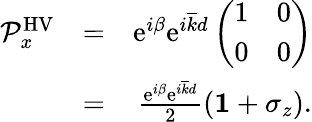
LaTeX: \begin{array}{rlr}{{\mathcal P}_{x}^{\mathrm{HV}}}&{=}&{\mathrm{e}^{i\beta}\mathrm{e}^{i\overline{{k}}d}\left(\begin{array}{cc}{1}&{0}\\ {0}&{0}\end{array}\right)}\\ &{=}&{\frac{\mathrm{e}^{i\beta}\mathrm{e}^{i\overline{{k}}d}}{2}({\mathbf 1}+\sigma_{z}).}\end{array}